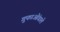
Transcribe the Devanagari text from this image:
गुफाओंवाले